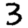
Digit: 3